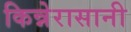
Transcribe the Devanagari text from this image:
किन्नेरासानी